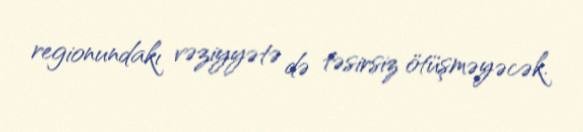
regionundakı vəziyyətə də təsirsiz ötüşməyəcək.